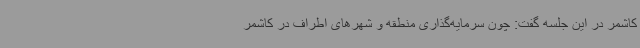
کاشمر در این جلسه گفت: چون سرمایه‌گذاری منطقه و شهرهای اطراف در کاشمر